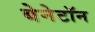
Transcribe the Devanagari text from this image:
बेनेटॉन